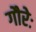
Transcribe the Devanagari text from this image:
गौरेः